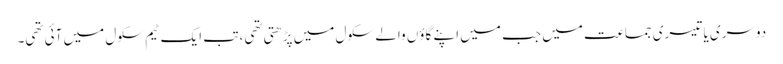
دوسری یا تیسری جماعت میں جب میں اپنے گاؤں والے سکول میں پڑھتی تھی، تب ایک ٹیم سکول میں آئی تھی۔